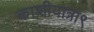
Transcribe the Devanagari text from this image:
काशीयात्रा९